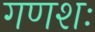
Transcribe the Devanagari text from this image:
गणशः